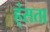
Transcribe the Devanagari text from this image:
ह्ंसता